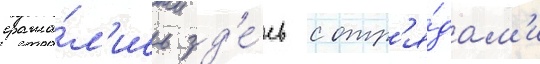
сража́л'ись зд'е́сь с отр'я́дам'и